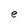
Character: e